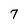
Character: 7